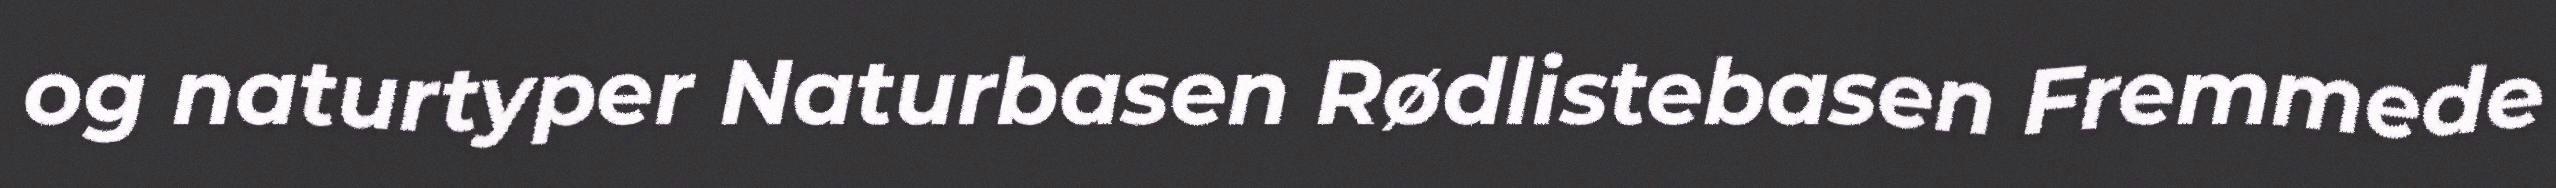
og naturtyper Naturbasen Rødlistebasen Fremmede